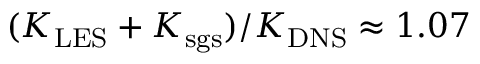
( K _ { \mathrm { L E S } } + K _ { \mathrm { s g s } } ) / K _ { \mathrm { D N S } } \approx 1 { . } 0 7